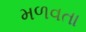
મળવતા